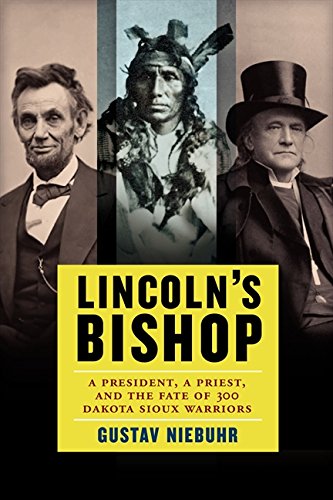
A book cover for Lincoln's Bishop: A President, A Priest, and the Fate of 300 Dakota Sioux Warriors; Gustav Niebuhr; Christian Books & Bibles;